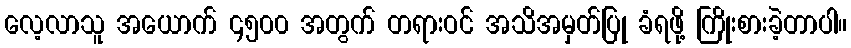
လေ့လာသူ အယောက် ၄၅၀၀ အတွက် တရားဝင် အသိအမှတ်ပြု ခံရဖို့ ကြိုးစားခဲ့တာပါ။